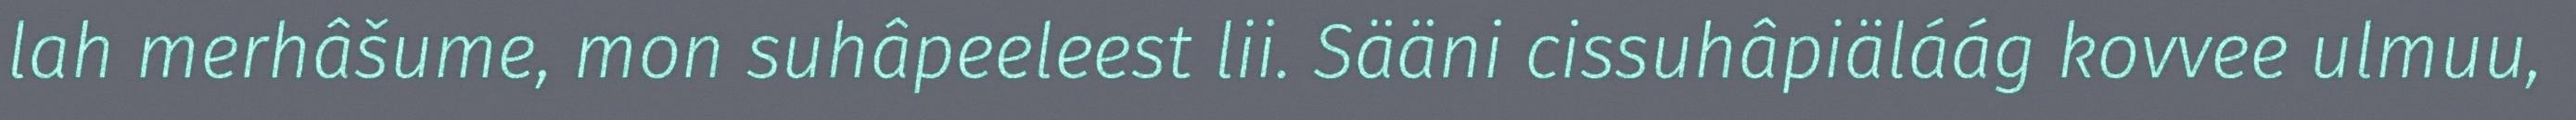
lah merhâšume, mon suhâpeeleest lii. Sääni cissuhâpiäláág kovvee ulmuu,